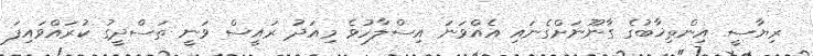
ރިޔާސީ އިންތިޚާބުގެ ގާނޫނަށްގެނައި އެއްވަނަ އިސްލާހުވެ މިއަަދު ރައީސް ވަނީ ތަސްދީގު ކުރައްވައިފަ